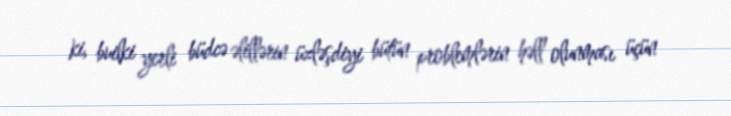
ki, builki yerli büdcə əlillərin üzləşdiyi bütün problemlərin həll olunması üçün